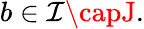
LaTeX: b\in\mathcal{I}\capJ.